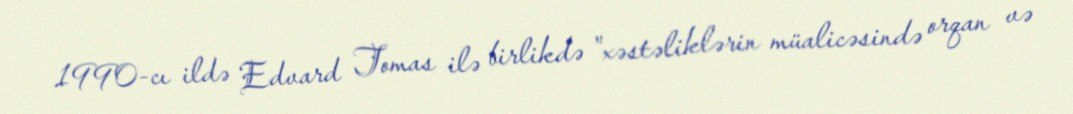
1990-cı ildə Edvard Tomas ilə birlikdə "xəstəliklərin müalicəsində orqan və